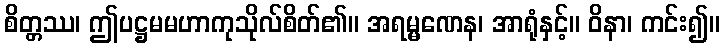
စိတ္တဿ၊ ဤပဋ္ဌမမဟာကုသိုလ်စိတ်၏။ အရမ္မဏေန၊ အာရုံနှင့်။ ဝိနာ၊ ကင်း၍။